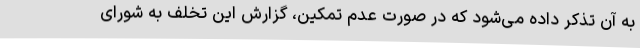
به آن تذکر داده می‌شود که در صورت عدم تمکین، گزارش این تخلف به شورای